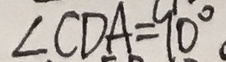
\angle C D A = 9 0 ^ { \circ }